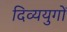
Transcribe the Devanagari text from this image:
दिव्ययुगों